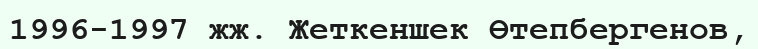
1996-1997 жж. Жеткеншек Өтепбергенов,